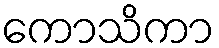
ကောသိကာ